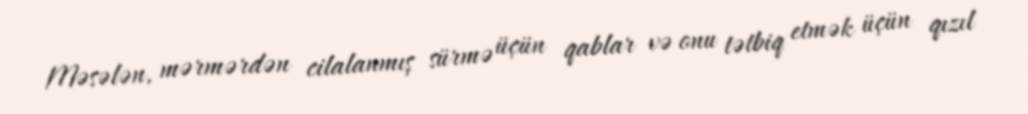
Məsələn, mərmərdən cilalanmış sürmə üçün qablar və onu tətbiq etmək üçün qızıl